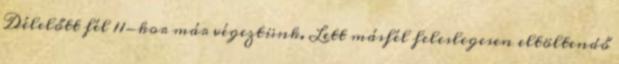
Délelőtt fél 11-kor már végeztünk. Lett másfél feleslegesen eltöltendő